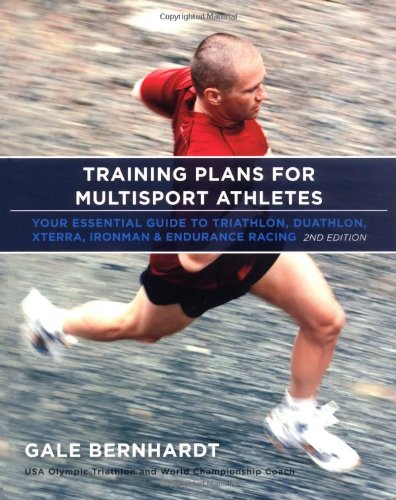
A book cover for Training Plans for Multisport Athletes: Your Essential Guide to Triathlon, Duathlon, Xterra, Ironman & Endurance Racing; Gale Bernhardt; Health, Fitness & Dieting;